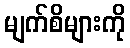
မျက်စိများကို